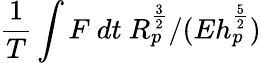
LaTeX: \frac{1}{T}\int F~dt~R_{p}^{\frac{3}{2}}/(Eh_{p}^{\frac{5}{2}})